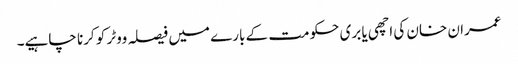
عمران خان کی اچھی یا بری حکومت کے بارے میں فیصلہ ووٹر کو کرنا چاہیے۔